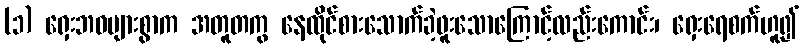
(၁) ရှေးဘဝများစွာက အတူတကွ နေထိုင်စားသောက်ခဲ့ဖူးသောကြောင့်လည်းကောင်း၊ ရှေးရေစက်ဟူ၍